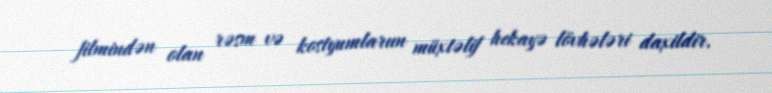
filmindən olan rəsm və kostyumlarıın müxtəlif hekayə lövhələri daxildir.